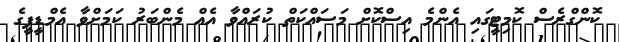
ކޮންގްރެސް ކޮމިޓީގައި އެންމެ އިސްކޮށް މަސައްކަތް ކުރައްވާ އެއް މެންބަރު ކަމަށްވާ އެމްޑީޕީގެ